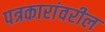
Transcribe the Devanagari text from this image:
पत्रकारांवरील